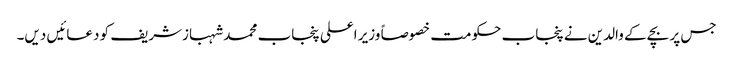
جس پر بچے کے والدین نے پنجاب حکومت خصوصاً وزیر اعلی پنجاب محمد شہبازشریف کو دعائیں دیں۔